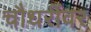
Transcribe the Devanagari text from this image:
चौधरींवर